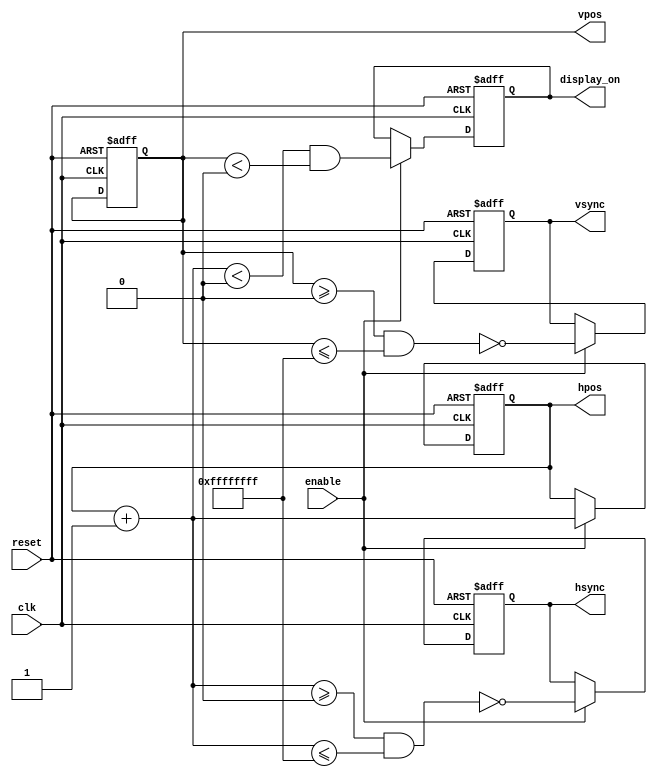
module vga
# (
    parameter N_MIXER_PIPE_STAGES = 0,

              HPOS_WIDTH=0,
              VPOS_WIDTH=0,

              // Horizontal constants

              H_DISPLAY=0,  // Horizontal display width
              H_FRONT=0,  // Horizontal right border (front porch)
              H_SYNC=0,  // Horizontal sync width
              H_BACK=0,  // Horizontal left border (back porch)

              // Vertical constants

              V_DISPLAY=0,  // Vertical display height
              V_BOTTOM=0,  // Vertical bottom border
              V_SYNC=0,  // Vertical sync # lines
              V_TOP=0  // Vertical top border
)
(
    input                         clk,
    input                         reset,
	 input								 enable,
    output reg                    hsync,
    output reg                    vsync,
    output reg                    display_on,
    output reg [HPOS_WIDTH - 1:0] hpos,
    output reg [VPOS_WIDTH - 1:0] vpos
);

    

    localparam H_SYNC_START  = H_DISPLAY    + H_FRONT + N_MIXER_PIPE_STAGES,
               H_SYNC_END    = H_SYNC_START + H_SYNC  - 1,
               H_MAX         = H_SYNC_END   + H_BACK,

               V_SYNC_START  = V_DISPLAY    + V_BOTTOM,
               V_SYNC_END    = V_SYNC_START + V_SYNC  - 1,
               V_MAX         = V_SYNC_END   + V_TOP;

    
    reg [HPOS_WIDTH - 1:0] d_hpos;
    reg [VPOS_WIDTH - 1:0] d_vpos;

    always @*
    begin
        if (hpos == H_MAX)
        begin
            d_hpos = 1'd0;

            if (vpos == V_MAX)
                d_vpos = 1'd0;
            else
                d_vpos = vpos + 1'd1;
        end
        else
        begin
          d_hpos = hpos + 1'd1;
          d_vpos = vpos;
        end
    end

	 //!!!I replaced the clock divider with pll.
	 
   

    always @ (posedge clk or posedge reset)
    begin
        if (reset)
        begin
            hsync       <= 1'b0;
            vsync       <= 1'b0;
            display_on  <= 1'b0;
            hpos        <= 1'b0;
            vpos        <= 1'b0;
        end
        else if (enable)
        begin
            hsync       <= ~ (    d_hpos >= H_SYNC_START
                               && d_hpos <= H_SYNC_END   );

            vsync       <= ~ (    d_vpos >= V_SYNC_START
                               && d_vpos <= V_SYNC_END   );

            display_on  <=   (    d_hpos <  H_DISPLAY
                               && d_vpos <  V_DISPLAY    );

            hpos        <= d_hpos;
            vpos        <= d_vpos;
        end
    end
	 
	 

endmodule